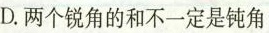
D.两个锐角的和不一定是钝角